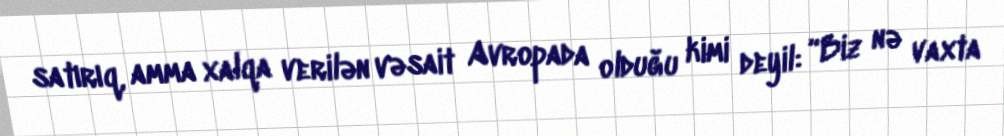
satırıq, amma xalqa verilən vəsait Avropada olduğu kimi deyil: “Biz nə vaxta